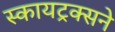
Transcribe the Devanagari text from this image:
स्कायट्रक्सने